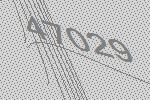
47029